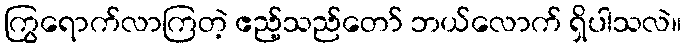
ကြွရောက်လာကြတဲ့ ဧည့်သည်တော် ဘယ်လောက် ရှိပါသလဲ။